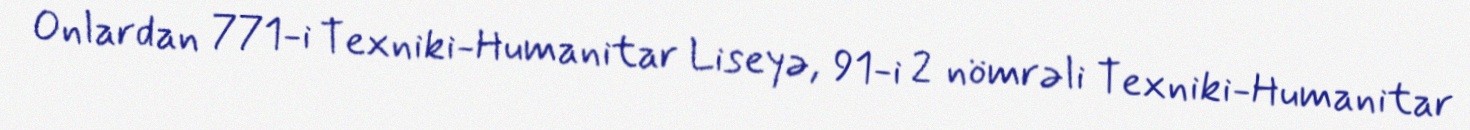
Onlardan 771-i Texniki-Humanitar Liseyə, 91-i 2 nömrəli Texniki-Humanitar